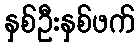
နှစ်ဦးနှစ်ဖက်